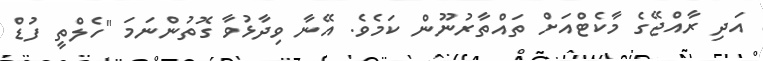
އަދި ރާއްޖޭގެ މާކެޓްއަށް ތައްތާރުނޫން ކަމެވެ. އޭނާ ވިދާޅުވާ ގޮތުންނަމަ "ހެލްތީ ފުޑް